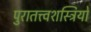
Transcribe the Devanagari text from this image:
पुरातत्त्वशस्त्रियों